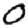
Digit: 0